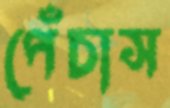
পেঁচাস